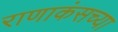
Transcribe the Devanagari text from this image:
राणाकंसच्या